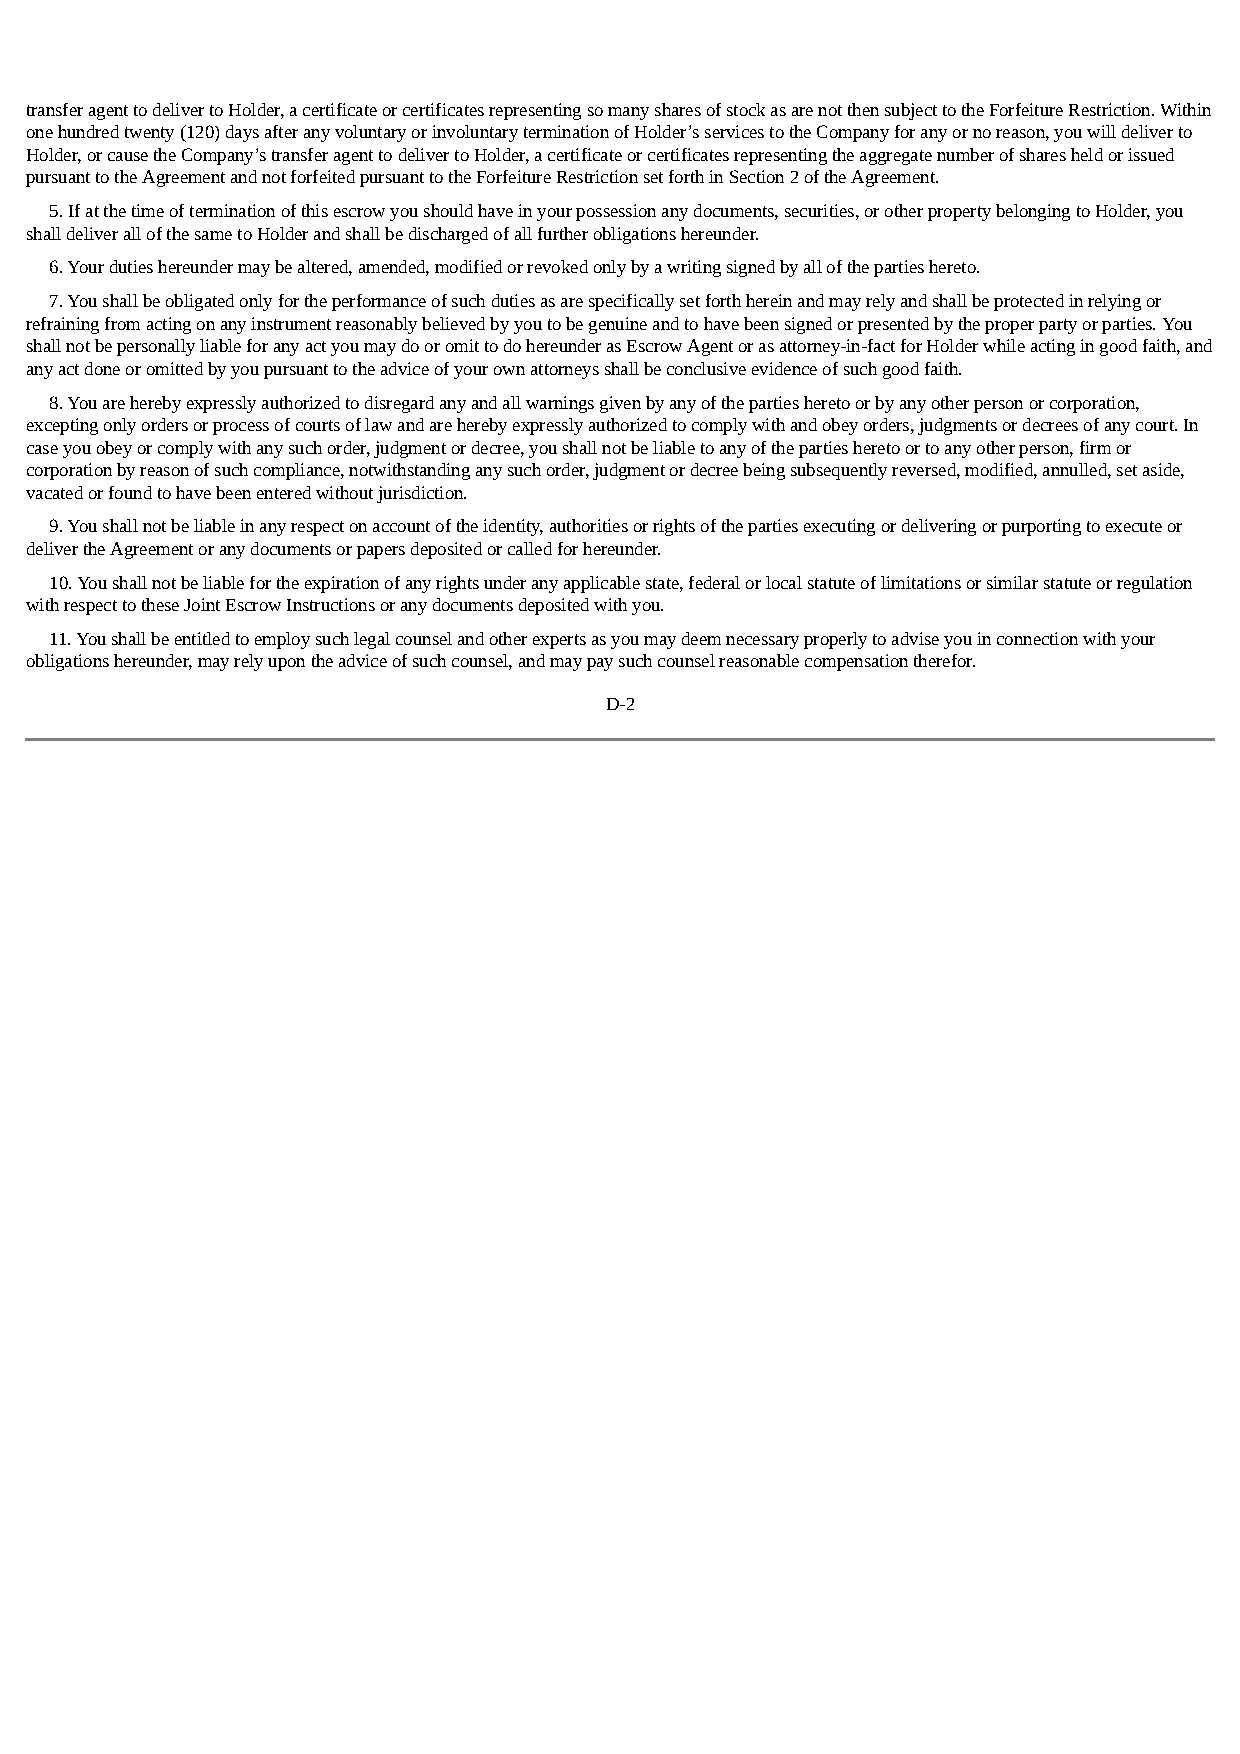
transfer agent to deliver to Holder, a certificate or certificates representing so many shares of stock as are not then subject to the Forfeiture Restriction. Within
 one hundred twenty (120) days after any voluntary or involuntary termination of Holder’s services to the Company for any or no reason, you will deliver to
 Holder, or cause the Company’s transfer agent to deliver to Holder, a certificate or certificates representing the aggregate number of shares held or issued
 pursuant to the Agreement and not forfeited pursuant to the Forfeiture Restriction set forth in Section 2 of the Agreement.
 5. If at the time of termination of this escrow you should have in your possession any documents, securities, or other property belonging to Holder, you
 shall deliver all of the same to Holder and shall be discharged of all further obligations hereunder.
 6. Your duties hereunder may be altered, amended, modified or revoked only by a writing signed by all of the parties hereto.
 7. You shall be obligated only for the performance of such duties as are specifically set forth herein and may rely and shall be protected in relying or
 refraining from acting on any instrument reasonably believed by you to be genuine and to have been signed or presented by the proper party or parties. You
 shall not be personally liable for any act you may do or omit to do hereunder as Escrow Agent or as attorney-in-fact for Holder while acting in good faith, and
 any act done or omitted by you pursuant to the advice of your own attorneys shall be conclusive evidence of such good faith.
 8. You are hereby expressly authorized to disregard any and all warnings given by any of the parties hereto or by any other person or corporation,
 excepting only orders or process of courts of law and are hereby expressly authorized to comply with and obey orders, judgments or decrees of any court. In
 case you obey or comply with any such order, judgment or decree, you shall not be liable to any of the parties hereto or to any other person, firm or
 corporation by reason of such compliance, notwithstanding any such order, judgment or decree being subsequently reversed, modified, annulled, set aside,
 vacated or found to have been entered without jurisdiction.
 9. You shall not be liable in any respect on account of the identity, authorities or rights of the parties executing or delivering or purporting to execute or
 deliver the Agreement or any documents or papers deposited or called for hereunder.
 10. You shall not be liable for the expiration of any rights under any applicable state, federal or local statute of limitations or similar statute or regulation
 with respect to these Joint Escrow Instructions or any documents deposited with you.
 11. You shall be entitled to employ such legal counsel and other experts as you may deem necessary properly to advise you in connection with your
 obligations hereunder, may rely upon the advice of such counsel, and may pay such counsel reasonable compensation therefor.
 D-2